Lunatic asylums in Bengal annual reports 1888-1898 - 1888-1898
Year: 1888
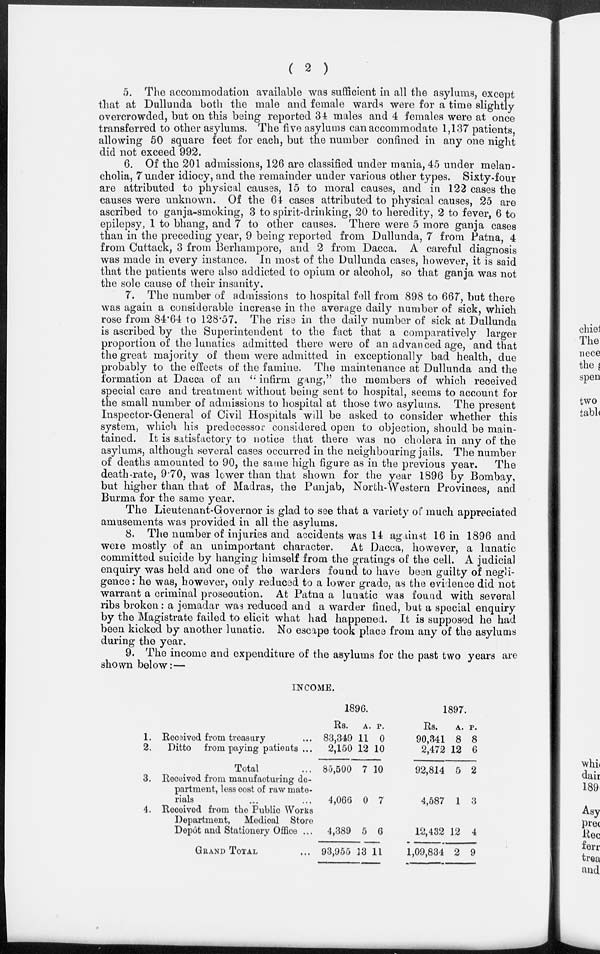
( 2 )
5. The accommodation available was sufficient in all the asylums, except
that at Dullunda both the male and female wards were for a time slightly
overcrowded, but on this being reported 34 males and 4 females were at once
transferred to other asylums. The five asylums can accommodate 1,137 patients,
allowing 50 square feet for each, but the number confined in any one night
did not exceed 992.
6. Of the 201 admissions, 126 are classified under mania, 45 under melan-
cholia, 7 under idiocy, and the remainder under various other types. Sixty-four
are attributed to physical causes, 15 to moral causes, and in 122 cases the
causes were unknown. Of the 64 cases attributed to physical causes, 25 are
ascribed to ganja-smoking, 3 to spirit-drinking, 20 to heredity, 2 to fever, 6 to
epilepsy, 1 to bhang, and 7 to other causes. There were 5 more ganja cases
than in the preceding year, 9 being reported from Dullunda, 7 from Patna, 4
from Cuttack, 3 from Berhampore, and 2 from Dacca. A careful diagnosis
was made in every instance. In most of the Dullunda cases, however, it is said
that the patients were also addicted to opium or alcohol, so that ganja was not
the sole cause of their insanity.
7. The number of admissions to hospital fell from 898 to 667, but there
was again a considerable increase in the average daily number of sick, which
rose from 84.64 to 128.57. The rise in the daily number of sick at Dullunda
is ascribed by the Superintendent to the fact that a comparatively larger
proportion of the lunatics admitted there were of an advanced age, and that
the great majority of them were admitted in exceptionally bad health, due
probably to the effects of the famine. The maintenance at Dullunda and the
formation at Dacca of an " infirm gang," the members of which received
special care and treatment without being sent to hospital, seems to account for
the small number of admissions to hospital at those two asylums. The present
Inspector-General of Civil Hospitals will be asked to consider whether this
system, which his predecessor considered open to objection, should be main-
tained. It is satisfactory to notice that there was no cholera in any of the
asylums, although several cases occurred in the neighbouring jails. The number
of deaths amounted to 90, the same high figure as in the previous year.
The
death-rate, 9.70, was lower than that shown for the year 1896 by Bombay,
but higher than that of Madras, the Punjab, North-Western Provinces, and
Burma for the same year.
The Lieutenant-Governor is glad to see that a variety of much appreciated
amusements was provided in all the asylums.
8. The number of injuries and accidents was 14 against 16 in 1896 and
were mostly of an unimportant character.
At Dacca, however, a lunatic
committed suicide by hanging himself from the gratings of the cell. A judicial
enquiry was held and one of the warders found to have been guilty of negli-
gence : he was, however, only reduced to a lower grade, as the evidence did not
warrant a criminal prosecution. At Patna a lunatic was found with several
ribs broken: a jemadar was reduced and a warder fined, but a special enquiry
by the Magistrate failed to elicit what had happened. It is supposed he had
been kicked by another lunatic. No escape took place from any of the asylums
during the year.
9. The income and expenditure of the asylums for the past two years are
shown below:—
INCOME.
1.
2.
3.
4.
Received from treasury ...
Ditto from paying patients ...
Total ...
Received from manufacturing de-
partment, less cost of raw mate-
rials ... ...
Received from the Public Works
Department, Medical Store
Depôt and Stationery Office ...
GRAND TOTAL ...
1896.
Rs.
83,349
2,150
85,500
4,066
4,389
93,955
A.
11
12
7
0
5
13
P.
0
10
10
7
6
11
1897.
Rs.
90,341
2,472
92,814
4,587
12,432
1,09,834
A.
8
12
5
1
12
2
P.
8
6
2
3
4
9